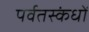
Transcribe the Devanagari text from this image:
पर्वतस्कंधों